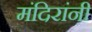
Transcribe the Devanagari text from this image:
मंदिरांनी